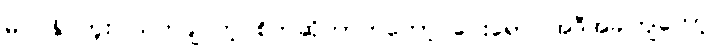
မဝင်နိုင်ဘူး၊ သတ်ချင်တဲ့ စိတ်ဆိုတာကတော့ ဝေးရော၊ အဲဒီအခါကျတော့